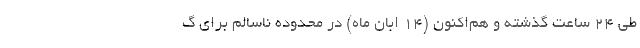
طی ۲۴ ساعت گذشته و هم‌اکنون (۱۴ ابان ماه) در محدوده ناسالم برای گ